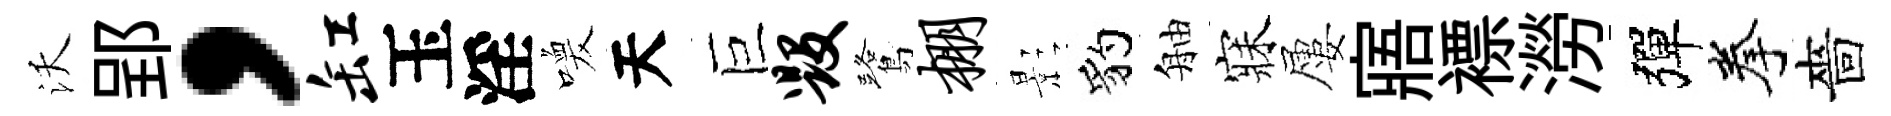
沃郢，缸玉淫喚天巨毁鷺棚影豹舳寐屢寤褾澇彈拳嗇